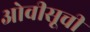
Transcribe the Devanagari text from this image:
ओवीसूची